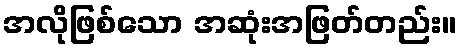
အလိုဖြစ်သော အဆုံးအဖြတ်တည်း။